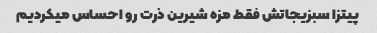
پیتزا سبزیجاتش فقط مزه شیرین ذرت رو احساس میکردیم